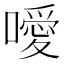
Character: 噯